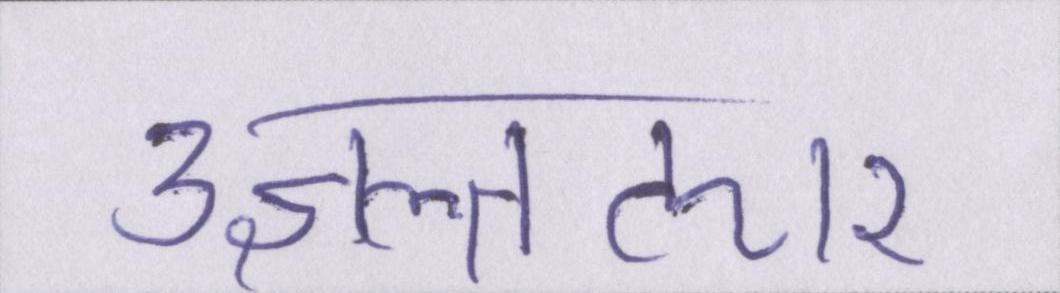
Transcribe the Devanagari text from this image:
उज्ञल्तऌार